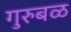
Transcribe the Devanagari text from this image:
गुरुबळ